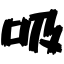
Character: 吸